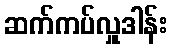
ဆက်ကပ်လှူဒါန်း